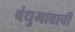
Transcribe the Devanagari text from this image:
बंधुभावाची